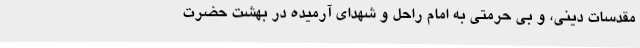
مقدسات دینی، و بی حرمتی به امام راحل و شهدای آرمیده در بهشت حضرت